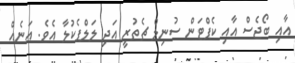
އާއި ބޯޖެސް އާއި ކެޕްޓަން ސުނިލް ޗެތުރީ އަދި ލަލްޕެކުލާ އެވެ. އަނެއް